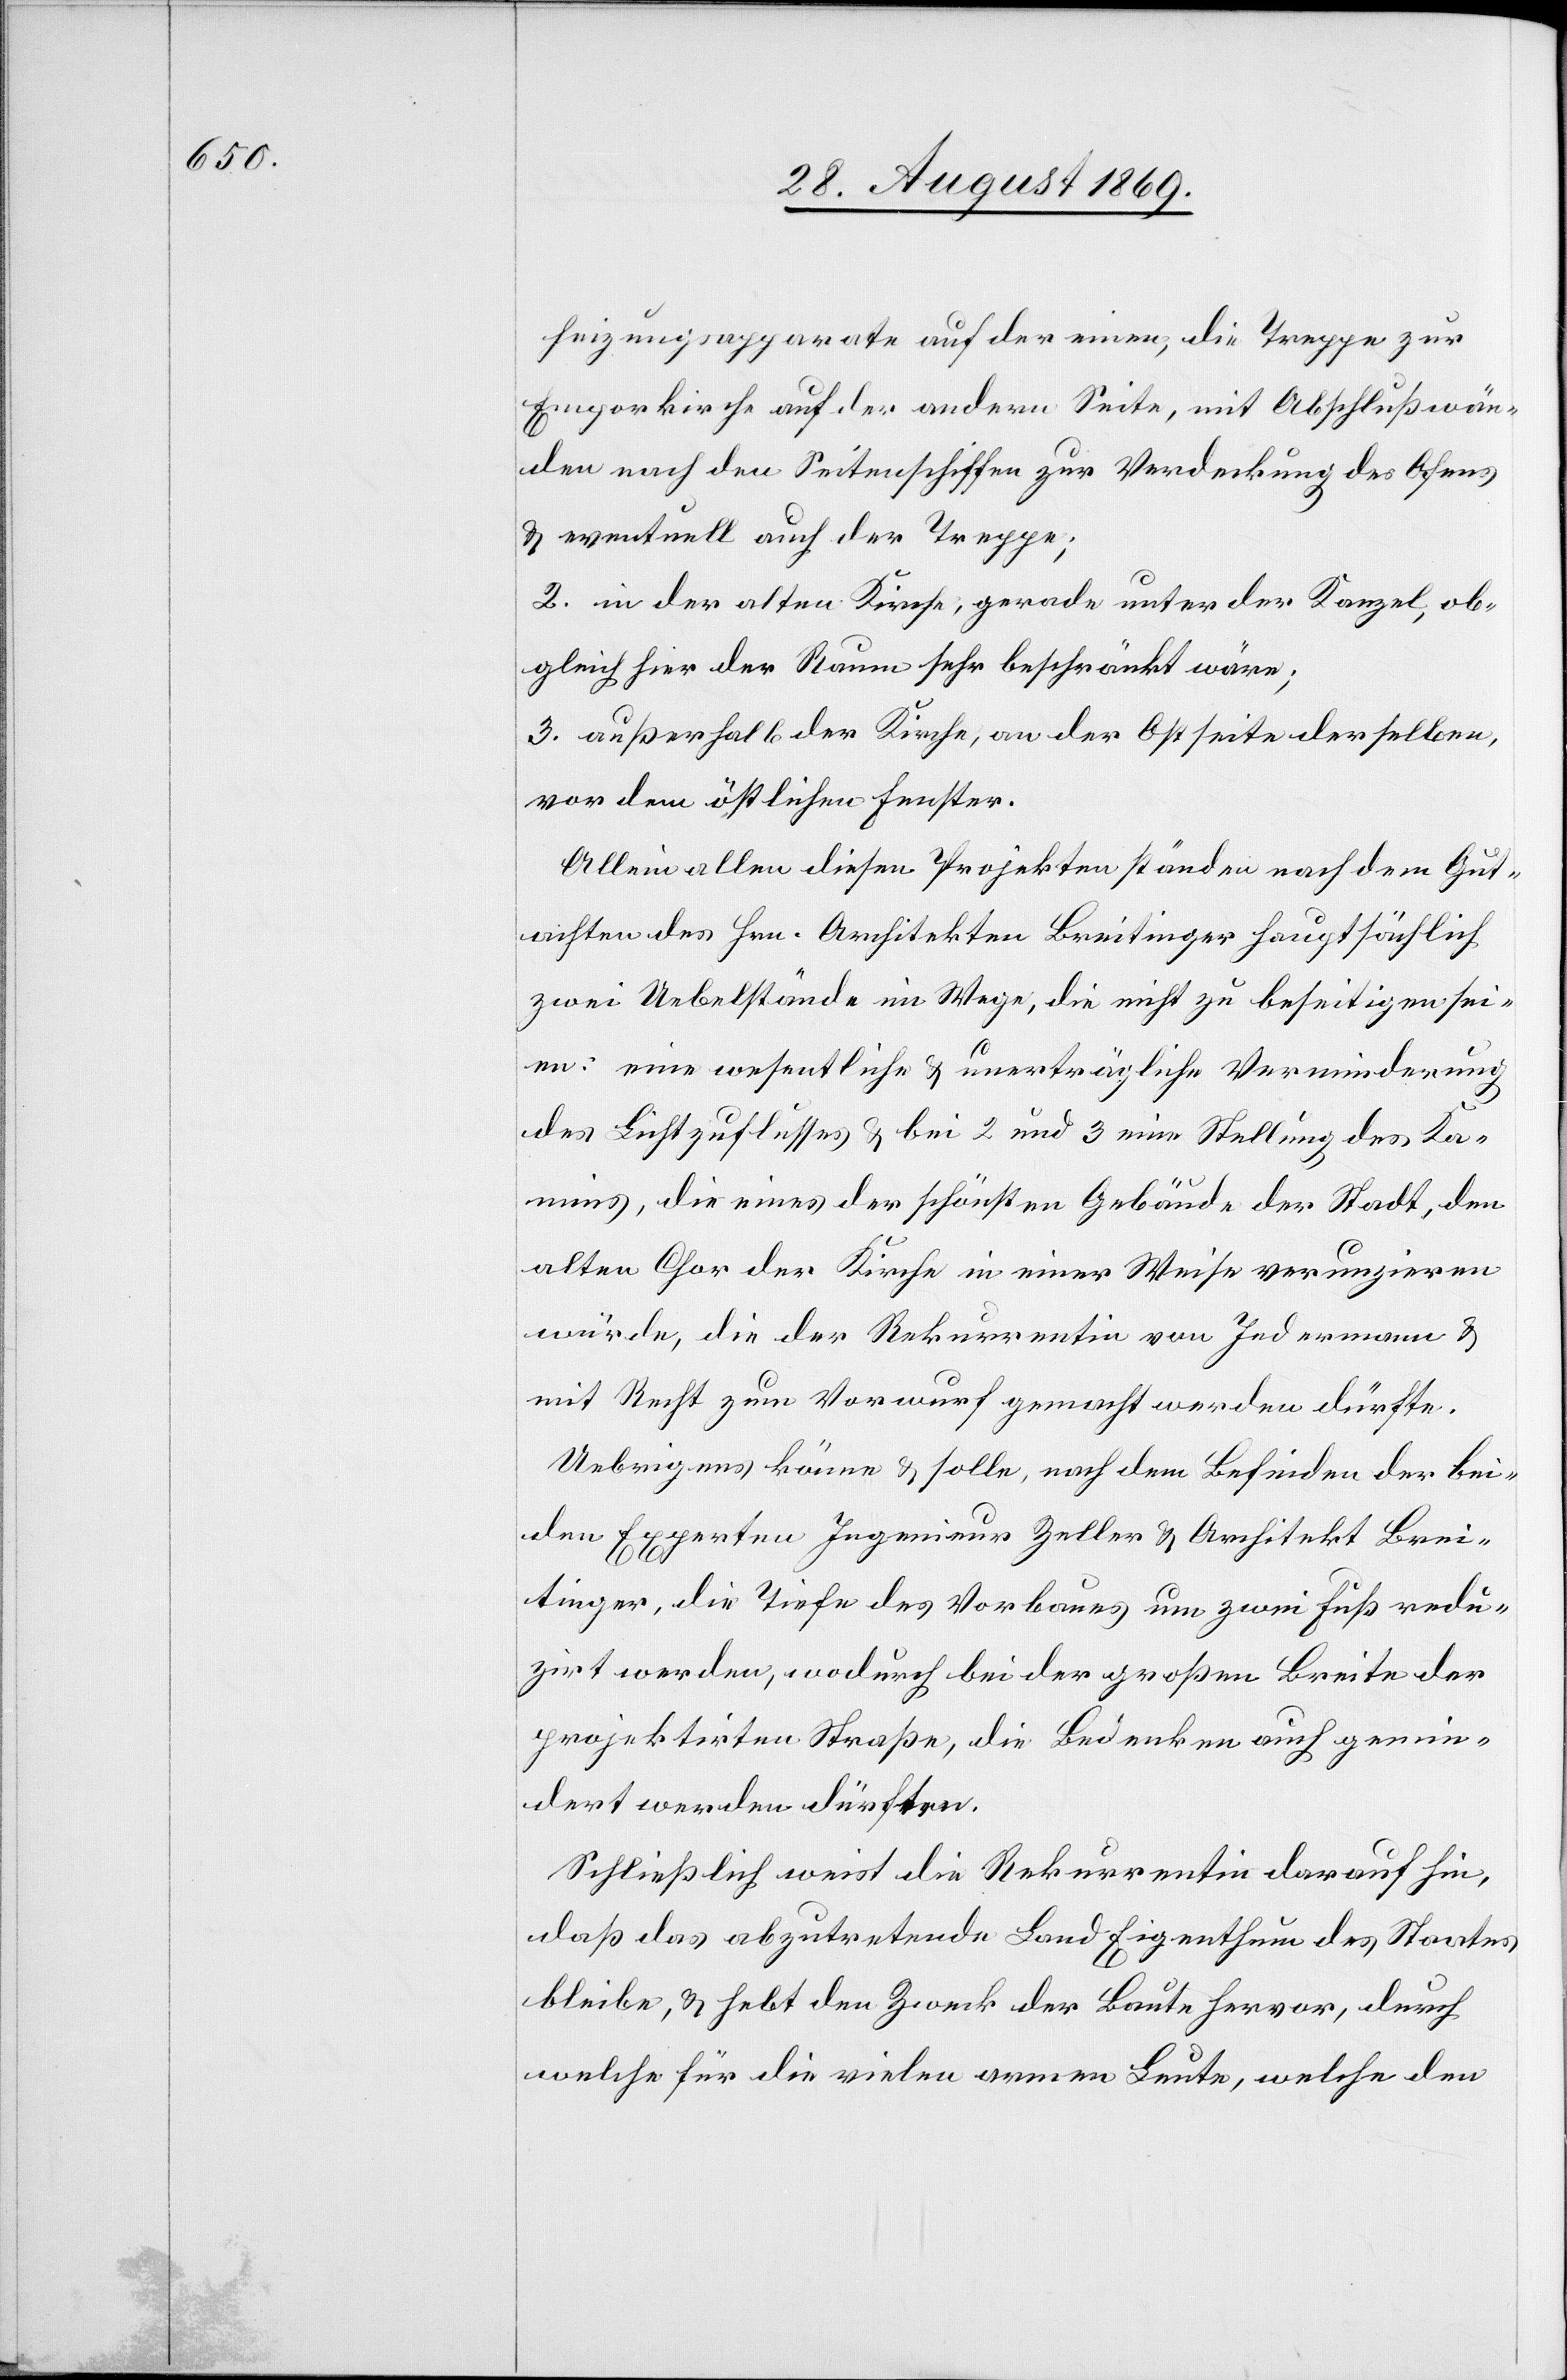
heizungsapparate auf der einen, die Treppe zur
Emporkirche auf der andern Seite, mit Abschlußwän¬
den nach den Seitenschiffen zur Verdeckung des Ofens
& eventuell auch der Treppe;
2. in der alten Kirche, gerade unter der Kanzel, ob¬
gleich hier der Raum sehr beschränkt wäre;
3. außerhalb der Kirche, an der Ostseite derselben,
vor dem östlichen Fenster.
Allein allen diesen Projekten ständen nach dem Gut¬
achten des Hrn. Architekten Breitinger hauptsächlich
zwei Uebelstände im Wege, die nicht zu beseitigen sei¬
en: eine wesentliche & unerträgliche Verminderung
des Lichtzuflusses & bei 2 und 3 eine Stellung des Ka¬
mins, die eines der schönsten Gebäude der Stadt, den
alten Chor der Kirche in einer Weise verunzieren
würde, die der Rekurrentin von Jedermann &
mit Recht zum Vorwurf gemacht werden dürfte.
Uebrigens könne & solle, nach dem Befinden der bei¬
den Experten Ingenieur Zeller & Architekt Brei¬
tinger, die Tiefe des Vorbaues um zwei Fuß redu¬
zirt werden, wodurch bei der großen Breite der
projektirten Straße, die Bedenken auch gemin¬
dert werden dürften.
Schließlich weist die Rekurrentin darauf hin,
daß das abzutretende Land Eigenthum des Staates
bleibe, & hebt den Zweck der Baute hervor, durch
welche für die vielen armen Leute, welche den